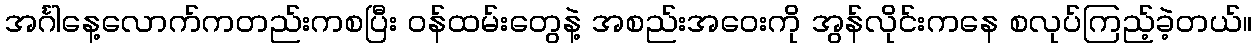
အင်္ဂါနေ့လောက်ကတည်းကစပြီး ဝန်ထမ်းတွေနဲ့ အစည်းအဝေးကို အွန်လိုင်းကနေ စလုပ်ကြည့်ခဲ့တယ်။